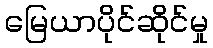
မြေယာပိုင်ဆိုင်မှု